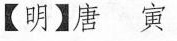
【明】唐寅